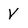
Character: V